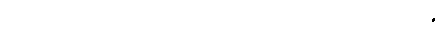
သဒ္ဒါသည်။ ဝိဘတ္တိပိပလ္လာ သော၊ ဝိဘတ်၏ဖောက်ပြန်ခြင်းရှိသောသဒ္ဒါတည်း။ တိဏ္ဏဉ္စ၊